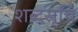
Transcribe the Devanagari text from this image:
शब्दसूचि